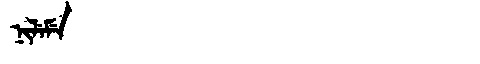
Manchu: ᠨᡳᠯᡝᠮᡝ
Romanization: NILEME